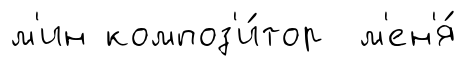
м'ин композ'и́тор м'ен'я́